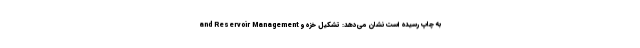
and Reservoir Management به چاپ رسیده است نشان می‌دهد: تشکیل خزه و